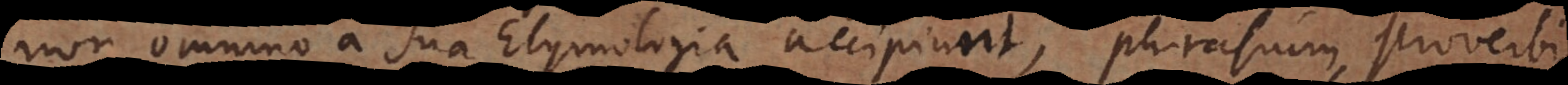
omnino a sua Etymologia accipiunt, phrasium, proverbi